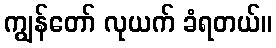
ကျွန်တော် လုယက် ခံရတယ်။